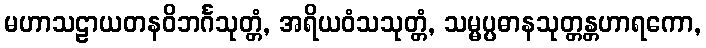
မဟာသဠာယတနဝိဘင်္ဂသုတ္တံ, အရိယဝံသသုတ္တံ, သမ္မပ္ပဓာနသုတ္တန္တဟာရကော,